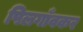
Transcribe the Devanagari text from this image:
पिलगाँवकर